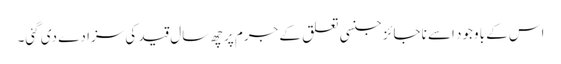
اس کے باوجود اسے ناجائز جنسی تعلق کے جرم پر چھ سال قید کی سزا دے دی گئی۔